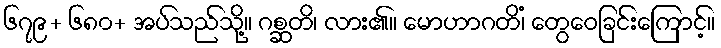
၆၇၉+ ၆၈၀+ အပ်သည်သို့။ ဂစ္ဆတိ၊ လား၏။ မောဟာဂတိံ၊ တွေဝေခြင်းကြောင့်။